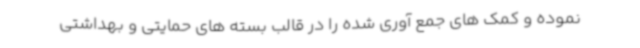
نموده و کمک های جمع آوری شده را در قالب بسته های حمایتی و بهداشتی